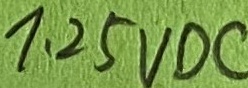
Text: 1.25VDC